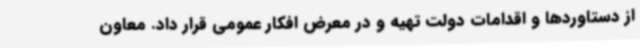
از دستاوردها و اقدامات دولت تهیه و در معرض افکار عمومی قرار داد. معاون